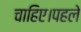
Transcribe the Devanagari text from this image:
चाहिए।पहले